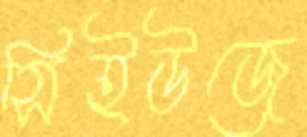
সিইউজে